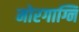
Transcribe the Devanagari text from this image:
मोरगाग्नि